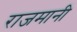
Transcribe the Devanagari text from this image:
राजमानी